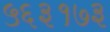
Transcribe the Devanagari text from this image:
५६३१७३